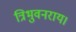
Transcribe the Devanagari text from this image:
त्रिभुवनराय।